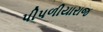
પીપળીયારાજ